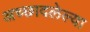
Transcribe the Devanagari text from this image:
अच्छादलेल्या